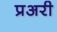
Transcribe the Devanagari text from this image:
प्रअरी